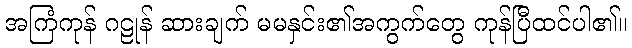
အကြံကုန် ဂဠုန် ဆားချက် မမနှင်း၏အကွက်တွေ ကုန်ပြီထင်ပါ၏။